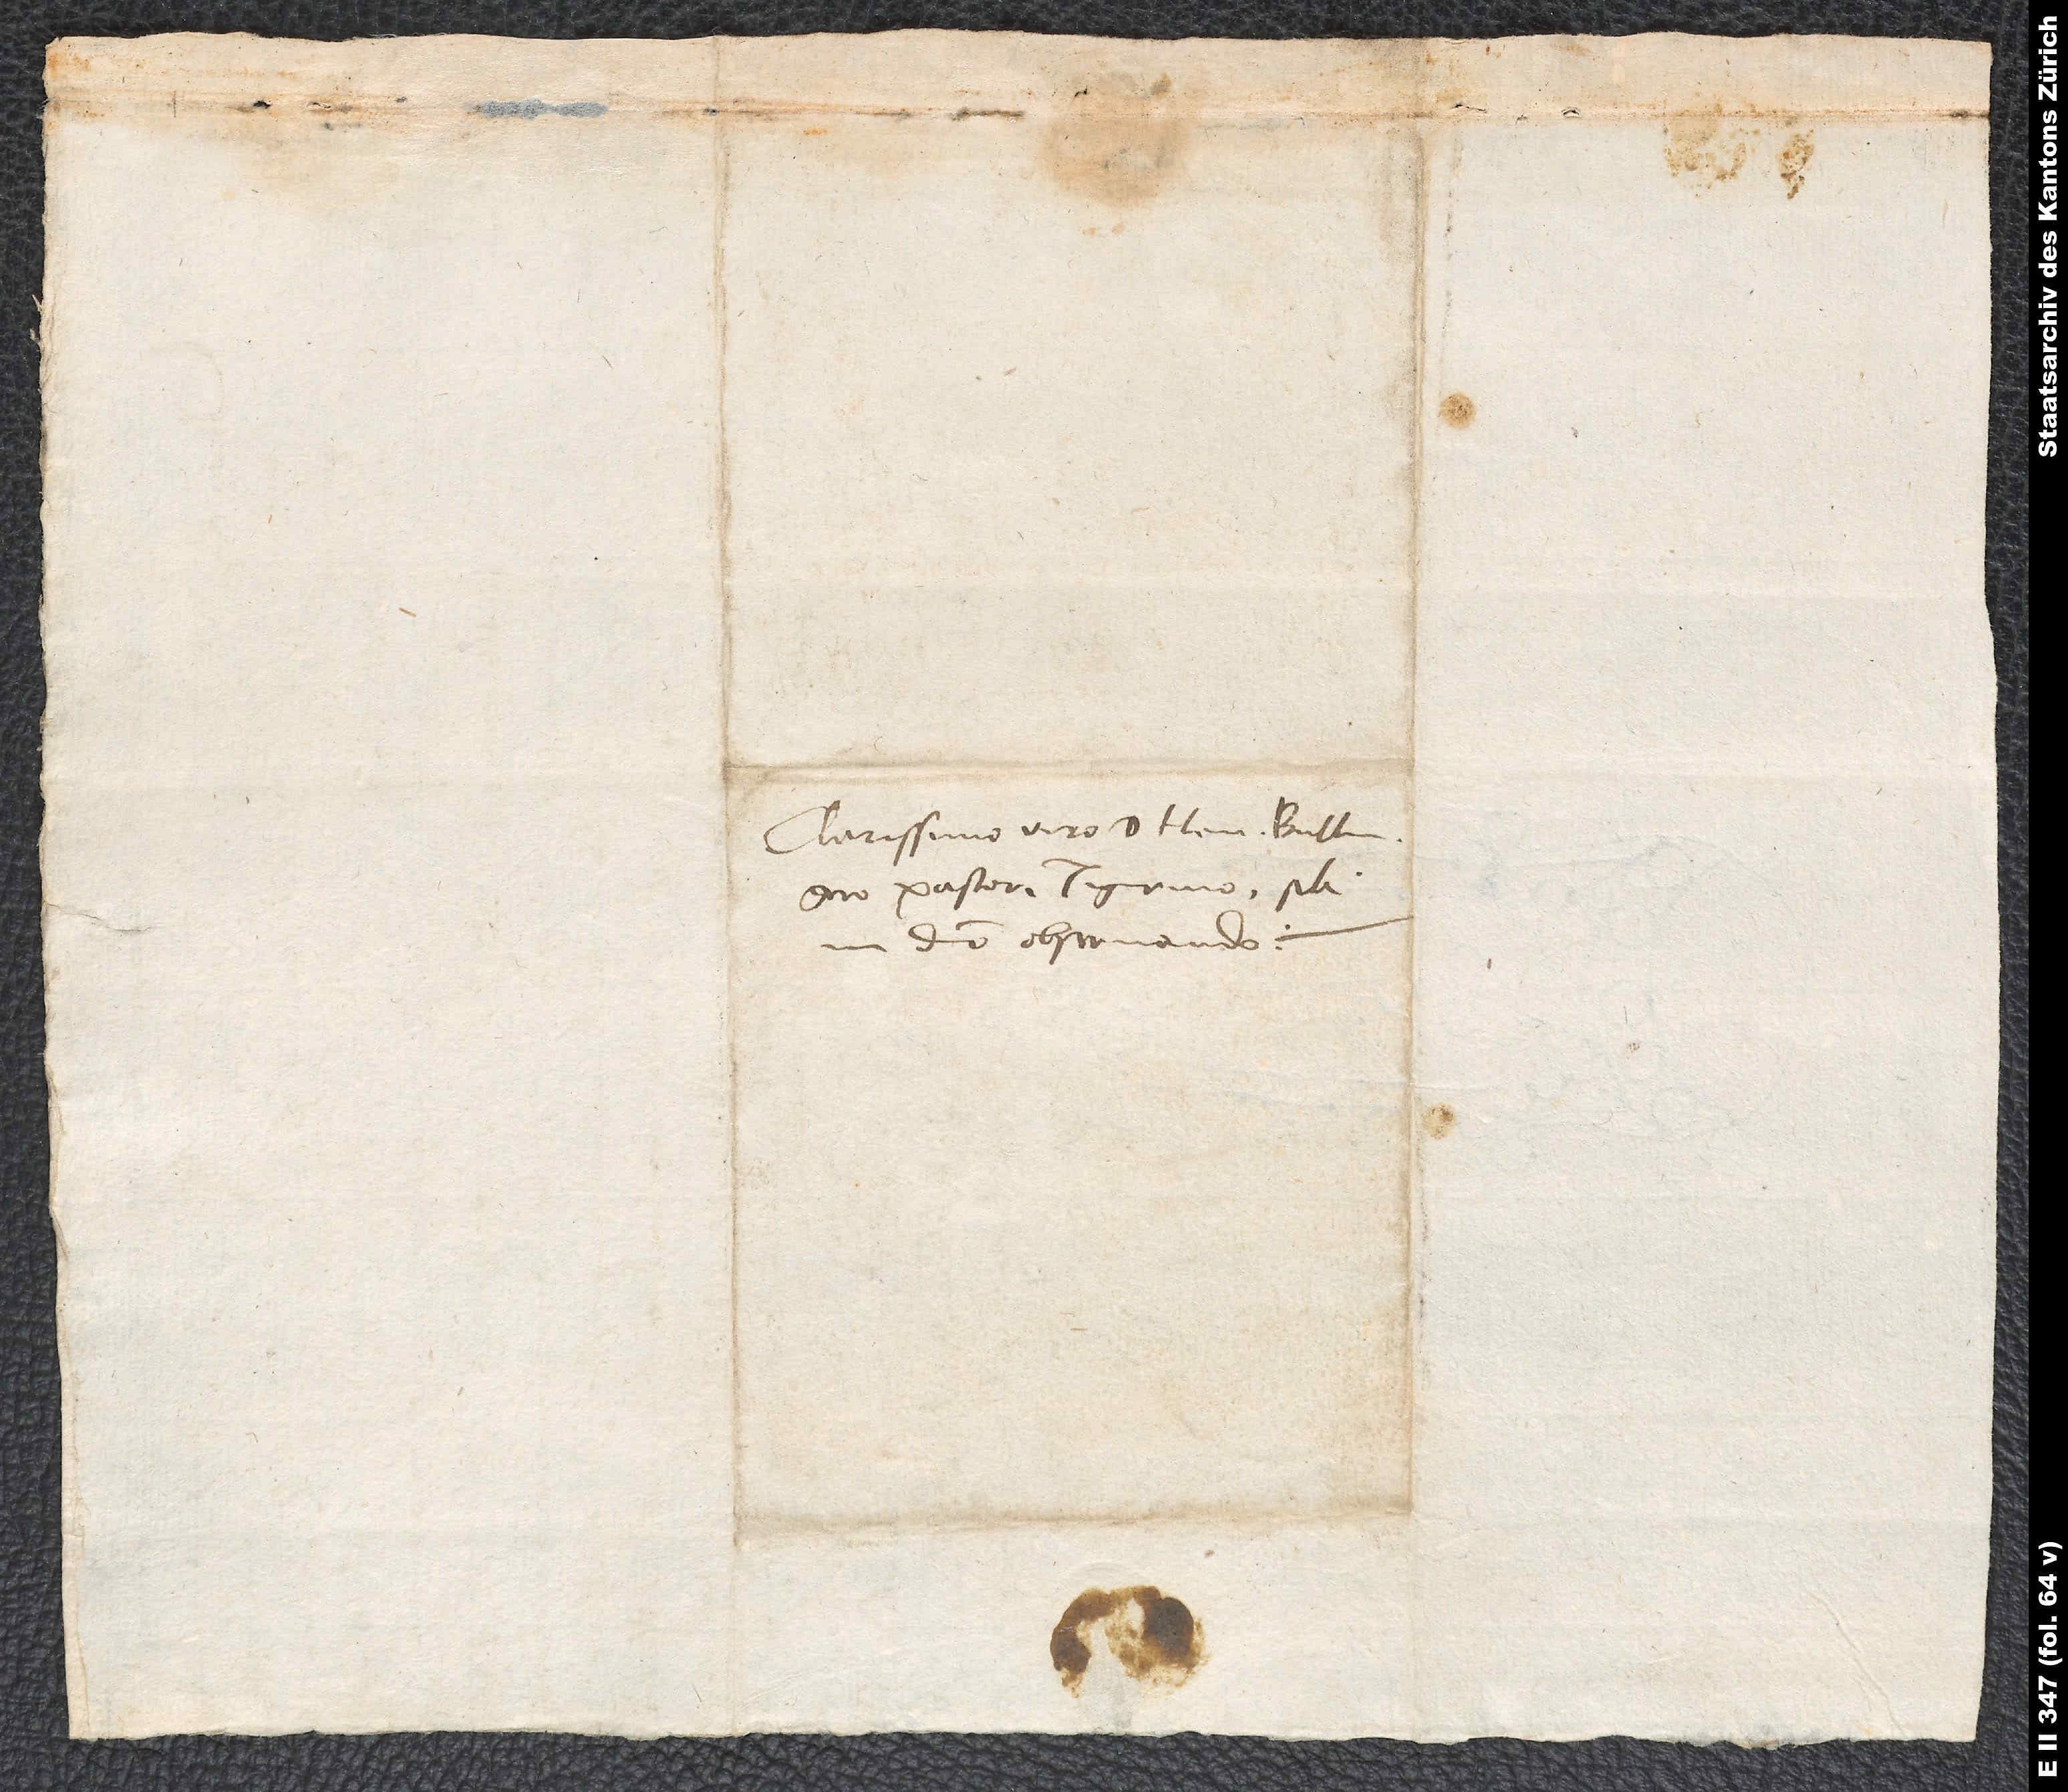
Clarissimo d. Henrico Bullingero,
pastori Tigurino, sibi
domino observando.

S.